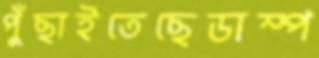
পুঁছাইতেছেডাম্প